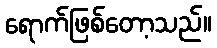
ရောက်ဖြစ်တော့သည်။